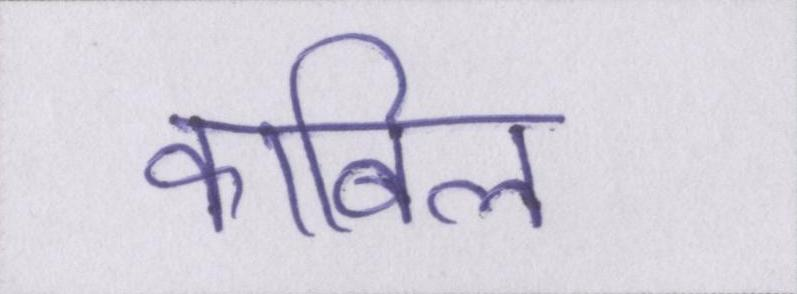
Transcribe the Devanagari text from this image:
काबिल